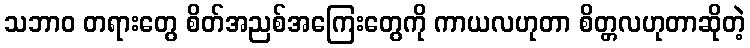
သဘာဝ တရားတွေ စိတ်အညစ်အကြေးတွေကို ကာယလဟုတာ စိတ္တလဟုတာဆိုတဲ့